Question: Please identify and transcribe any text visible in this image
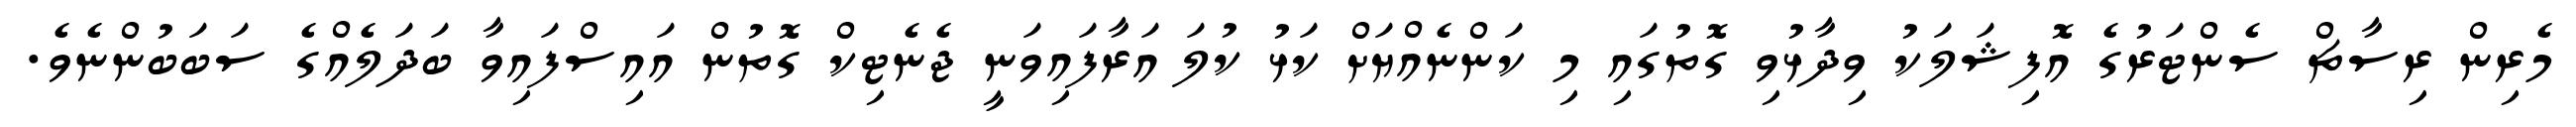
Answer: މެރިން ރިސާޗް ސެންޓަރުގެ އޮފިޝަލަކު ވިދާޅުވި ގޮތުގައި މި ކަންނެއްޔަށް ކަޅު ކުލަ އަރާފައިވަނީ ޖެނެޓިކް ގޮތުން އައިސްފައިވާ ބަދަލެއްގެ ސަބަބުންނެވެ.